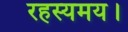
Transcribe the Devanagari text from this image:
रहस्यमय।